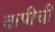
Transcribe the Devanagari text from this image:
वापीची